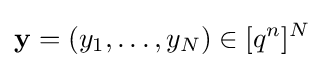
\mathbf {y} =(y_{1},\ldots ,y_{N})\in [q^{n}]^{N}